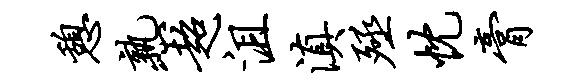
憩熟超沮滇殛忱膏